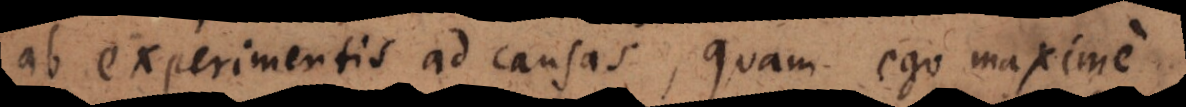
ab experimentis consistit, quam ego maxime